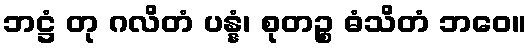
ဘဋ္ဌံ တု ဂလိတံ ပန္နံ၊ စုတဉ္စ ဓံသိတံ ဘဝေ။